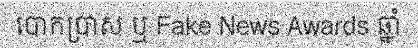
បោកប្រាស ឬ Fake News Awards ឆ្នាំ